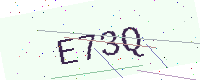
Text: E73Q